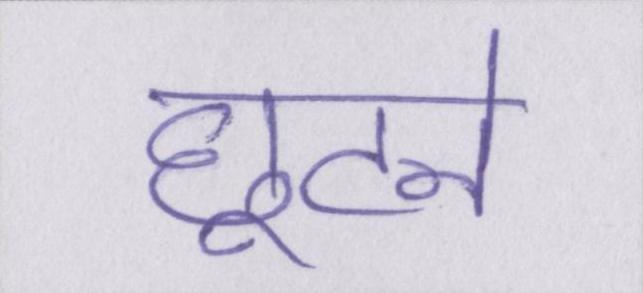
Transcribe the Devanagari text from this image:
छूटने